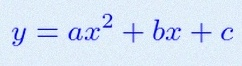
y=ax^2+bx+c